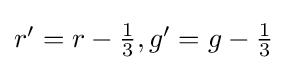
{\textstyle r'=r-{\tfrac {1}{3}},g'=g-{\tfrac {1}{3}}}